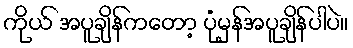
ကိုယ် အပူချိန်ကတော့ ပုံမှန်အပူချိန်ပါပဲ။